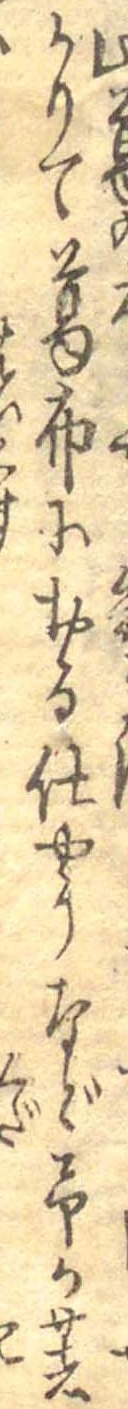
此葛かりて葛布におる仕やうなど予が著